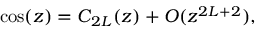
\cos ( z ) = C _ { 2 { \cal L } } ( z ) + { \cal O } ( z ^ { 2 { \cal L } + 2 } ) ,